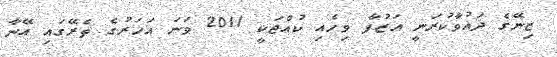
ޒިނޭގެ ދައުވާކުރަނީ އަޒުފާ ވިހެއި ކުއްޖަކީ 2011 ވަނަ އަހަރުގެ ތެރޭގައި އޭނާ